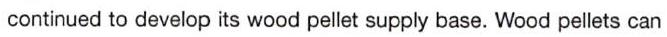
continued to develop its wood pellet supply base. Wood pellets can